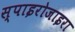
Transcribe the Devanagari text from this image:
स्पाइरोजाइरा